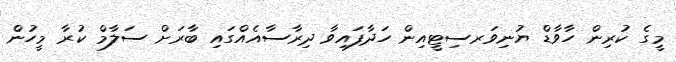
މީގެ ކުރިން ހާވާޑް ޔުނިވަރސިޓީއިން ހަދާފައިވާ ދިރާސާއެއްގައި ބާރަށް ސަލާމް ކުރާ މީހުން